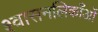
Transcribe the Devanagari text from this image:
श्वासनलिकाँओं